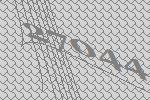
27044